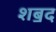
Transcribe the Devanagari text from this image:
शॿद